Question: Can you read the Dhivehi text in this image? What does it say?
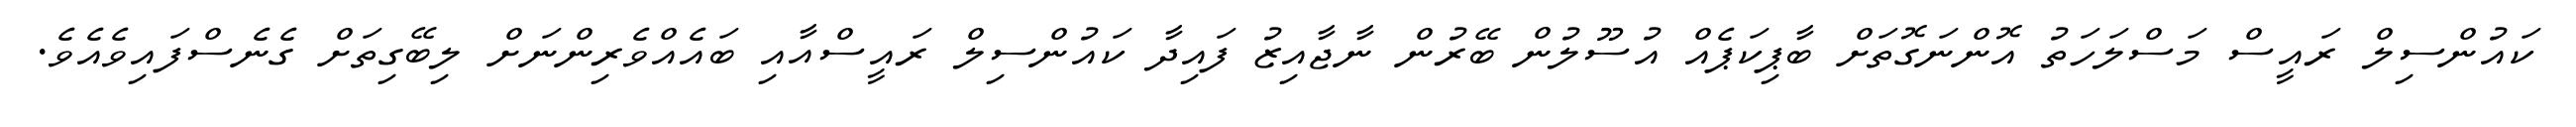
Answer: ކައުންސިލް ރައީސް މަސްލަހަތު އޮންނަގޮތަށް ބާޕިކަޕެއް އުސޫލުން ބޭރުން ނާޖާއިޒު ފައިދާ ކައުންސިލް ރައީސްއާއި ބައެއްވެރިންނަށް ލިބޭގިތަށް ގެނެސްފައިވެއެވެ.